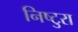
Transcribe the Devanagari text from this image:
निष्टुरा